Indian Medical Review
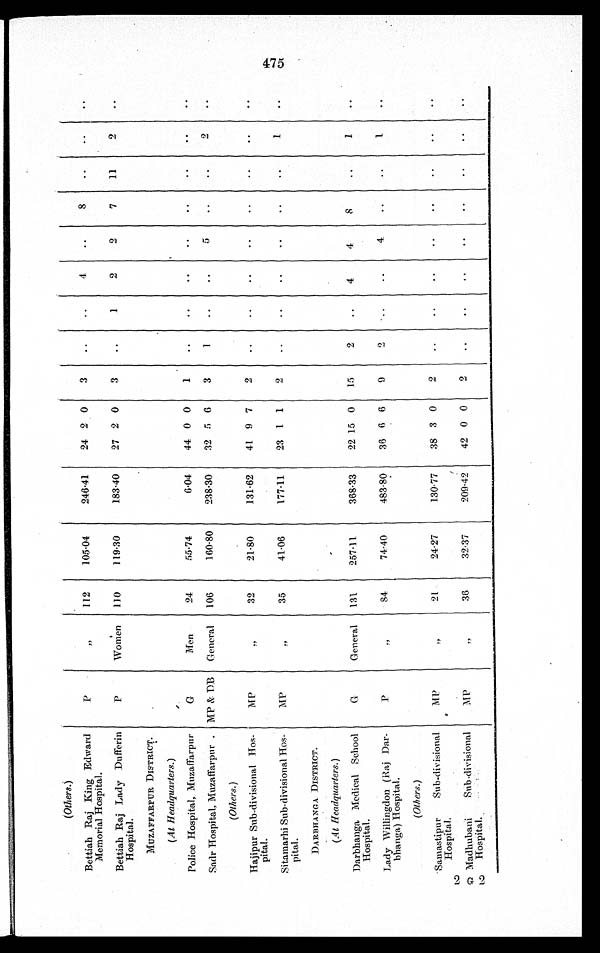
(Others.)
P
, ,
112
105.04
246.41
24 2 0
3
..
..
4
..
8
. .
. .
. .
Bettiah Raj King Edward
Memorial Hospital.
Bettiah Raj Lady Dufferin
Hospital.
P
Women
110
119.30
183.40
27 2 0
3
..
1
2
2
7
11
2
. .
MUZAFFARPUR DISTRICT.
G
Men
24
55.74
6.04
44 0 0
1
..
..
..
..
..
..
..
..
(At Headquarters.)
Police Hospital, Muzaffarpur
Sadr Hospital, Muzaffarpur.
M P & D B
General
106
160.80
238.30
32 5
6
3
1
..
..
5
..
..
2
..
(Others.)
MP
„
32
21-80
131.62
41 9 7
2
..
..
..
..
..
. .
. .
..
Hajipur Sub-divisional Hos-
pital.
Sitamarhi Sub-divisional Hos-
pital.
MP
, ,
35
41.06
177.11
23 1 1
2
. .
..
..
..
..
. .
1
..
DARBHANGA .DISTRICT.
G
General
131
257.11.
368.33
22 15 0
15
2
..
4
4
8
. .
1
. .
(At Headquarters.)
Darbhanga Medical School
Hospital.
Lady Willingdon (Raj Dar-
hhanga) Hospital.
P
, ,
84
74.40
483-80
36 6 6
9
2
..
4
..
. .
1
. .
(Others.)
MP
, ,
21
24.27
130.77
38 3 0
2
. .
..
. .
..
..
..
. .
. .
Samastipur
Sub-divisional
Hospital.
Madhubani
Sub-divisional
Hospital.
MP
,,
36
:32.37
209.49
42 0 0
2
. .
..
..
..
. .
. .
. .
. .
CaL